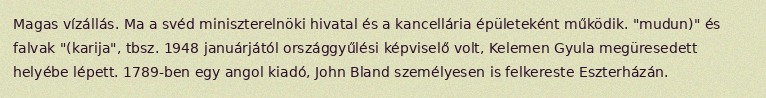
Magas vízállás. Ma a svéd miniszterelnöki hivatal és a kancellária épületeként működik. "mudun)" és falvak "(karija", tbsz. 1948 januárjától országgyűlési képviselő volt, Kelemen Gyula megüresedett helyébe lépett. 1789-ben egy angol kiadó, John Bland személyesen is felkereste Eszterházán.